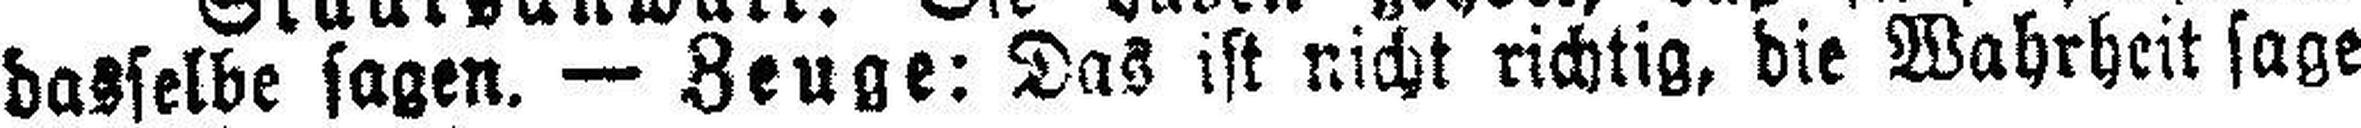
dasselbe sagen. — Zeuge: Das ist nicht richtig, die Wahrheit sage